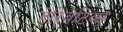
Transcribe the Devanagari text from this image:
डेरिवेटिव्स